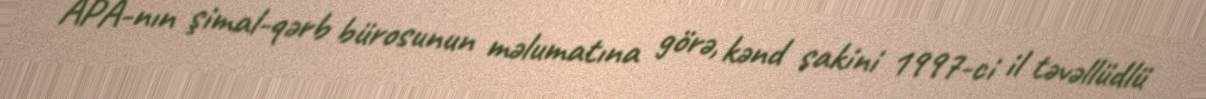
APA-nın şimal-qərb bürosunun məlumatına görə, kənd sakini 1997-ci il təvəllüdlü